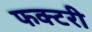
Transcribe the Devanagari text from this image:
फक्टरी